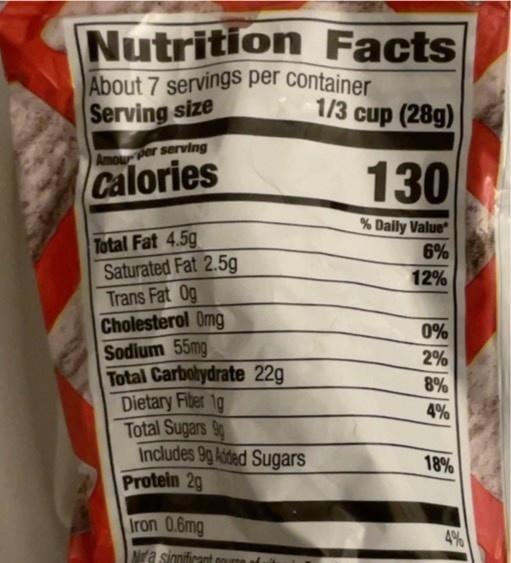
Nutrition Facts
About 7 servings per container Serving size
1/3 cup (28g)
Amou er serving
Calories
130
% Daily Value*
Total Fat 4.5g Saturated Fat 2.5g Trans Fat Og Cholesterol Omg Sodium 55mg Total Carbolydrate 22g Dietary Fiber 1g Total Sugars 9 Includes 9g Added Sugars Protein 2g
6%
12%
0% 2%
8%
4%
18%
Iron 0.6mg
4%
Nra sinnificant